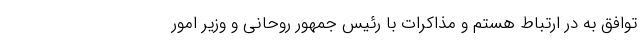
توافق به در ارتباط هستم و مذاکرات با رئیس جمهور روحانی و وزیر امور